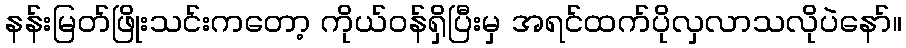
နန်းမြတ်ဖြိုးသင်းကတော့ ကိုယ်ဝန်ရှိပြီးမှ အရင်ထက်ပိုလှလာသလိုပဲနော်။